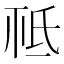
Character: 𣱊